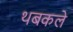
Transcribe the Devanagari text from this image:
थबकले